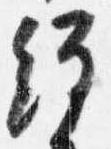
経